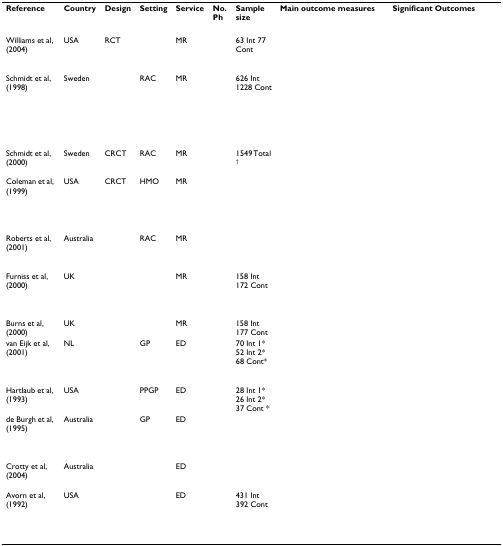
<table><thead><tr><td><b>Reference</b></td><td><b>Country</b></td><td><b>Design</b></td><td><b>Setting</b></td><td><b>Service</b></td><td><b>No. Ph</b></td><td><b>Sample size</b></td><td><b>Main outcome measures</b></td><td><b>Significant Outcomes</b></td></tr></thead><tbody><tr><td>Williams et al, (2004)</td><td>USA</td><td>RCT</td><td>[EMPTY_CELL]</td><td>MR</td><td>[EMPTY_CELL]</td><td>63 Int 77 Cont</td><td>[EMPTY_CELL]</td><td>[EMPTY_CELL]</td></tr><tr><td>Schmidt et al, (1998)</td><td>Sweden</td><td>[EMPTY_CELL]</td><td>RAC</td><td>MR</td><td>[EMPTY_CELL]</td><td>626 Int 1228 Cont</td><td>[EMPTY_CELL]</td><td>[EMPTY_CELL]</td></tr><tr><td>Schmidt et al, (2000)</td><td>Sweden</td><td>CRCT</td><td>RAC</td><td>MR</td><td>[EMPTY_CELL]</td><td>1549 Total <sup>†</sup></td><td>[EMPTY_CELL]</td><td>[EMPTY_CELL]</td></tr><tr><td>Coleman et al, (1999)</td><td>USA</td><td>CRCT</td><td>HMO</td><td>MR</td><td>[EMPTY_CELL]</td><td>[EMPTY_CELL]</td><td>[EMPTY_CELL]</td><td>[EMPTY_CELL]</td></tr><tr><td>Roberts et al, (2001)</td><td>Australia</td><td>[EMPTY_CELL]</td><td>RAC</td><td>MR</td><td>[EMPTY_CELL]</td><td>[EMPTY_CELL]</td><td>[EMPTY_CELL]</td><td>[EMPTY_CELL]</td></tr><tr><td>Furniss et al, (2000)</td><td>UK</td><td>[EMPTY_CELL]</td><td>[EMPTY_CELL]</td><td>MR</td><td>[EMPTY_CELL]</td><td>158 Int 172 Cont</td><td>[EMPTY_CELL]</td><td>[EMPTY_CELL]</td></tr><tr><td>Burns et al, (2000)</td><td>UK</td><td>[EMPTY_CELL]</td><td>[EMPTY_CELL]</td><td>MR</td><td>[EMPTY_CELL]</td><td>158 Int 177 Cont</td><td>[EMPTY_CELL]</td><td>[EMPTY_CELL]</td></tr><tr><td>van Eijk et al, (2001)</td><td>NL</td><td>[EMPTY_CELL]</td><td>GP</td><td>ED</td><td>[EMPTY_CELL]</td><td>70 Int 1* 52 Int 2* 68 Cont*</td><td>[EMPTY_CELL]</td><td>[EMPTY_CELL]</td></tr><tr><td>Hartlaub et al, (1993)</td><td>USA</td><td>[EMPTY_CELL]</td><td>PPGP</td><td>ED</td><td>[EMPTY_CELL]</td><td>28 Int 1* 26 Int 2* 37 Cont *</td><td>[EMPTY_CELL]</td><td>[EMPTY_CELL]</td></tr><tr><td>de Burgh et al, (1995)</td><td>Australia</td><td>[EMPTY_CELL]</td><td>GP</td><td>ED</td><td>[EMPTY_CELL]</td><td>[EMPTY_CELL]</td><td>[EMPTY_CELL]</td><td>[EMPTY_CELL]</td></tr><tr><td>Crotty et al, (2004)</td><td>Australia</td><td>[EMPTY_CELL]</td><td>[EMPTY_CELL]</td><td>ED</td><td>[EMPTY_CELL]</td><td>[EMPTY_CELL]</td><td>[EMPTY_CELL]</td><td>[EMPTY_CELL]</td></tr><tr><td>Avorn et al, (1992)</td><td>USA</td><td>[EMPTY_CELL]</td><td>[EMPTY_CELL]</td><td>ED</td><td>[EMPTY_CELL]</td><td>431 Int 392 Cont</td><td>[EMPTY_CELL]</td><td>[EMPTY_CELL]</td></tr></tbody></table>